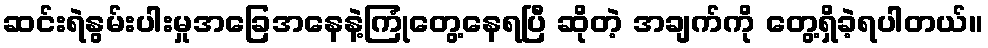
ဆင်းရဲနွမ်းပါးမှုအခြေအနေနဲ့ကြုံတွေ့နေရပြီ ဆိုတဲ့ အချက်ကို တွေ့ရှိခဲ့ရပါတယ်။